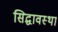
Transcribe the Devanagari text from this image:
सिद्घावस्था